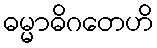
ဓမ္မာဓိဂတေဟိ